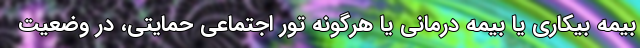
بیمه بیکاری یا بیمه درمانی یا هرگونه تور اجتماعی حمایتی، در وضعیت